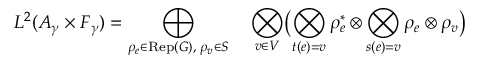
L ^ { 2 } ( { \cal A } _ { \gamma } \times { \cal F } _ { \gamma } ) = \bigoplus _ { \rho _ { e } \in \mathrm { R e p } ( G ) , \; \rho _ { v } \in S } \quad \bigotimes _ { v \in V } \bigl ( \bigotimes _ { t ( e ) = v } \rho _ { e } ^ { * } \otimes \bigotimes _ { s ( e ) = v } \rho _ { e } \otimes \rho _ { v } \bigr )